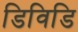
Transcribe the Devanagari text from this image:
डिविडि